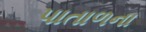
પાતાળના